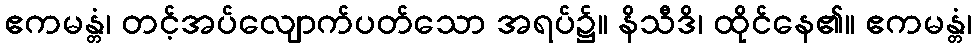
ဧကမန္တံ၊ တင့်အပ်လျောက်ပတ်သော အရပ်၌။ နိသီဒိ၊ ထိုင်နေ၏။ ဧကမန္တံ၊